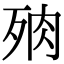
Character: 𣧻